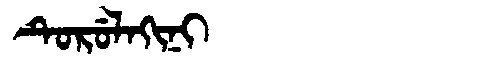
Manchu: ᡨᡠᡵᡠᠯᠠᡴᡳᠨᡳ
Romanization: TURULAKINI